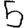
Digit: 5